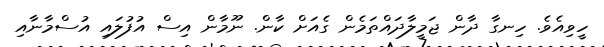
ހީވިއެވެ. ހިނގާ ދާން ޖަމީލާދައްތަމެން ގެއަށް ކާން. ނޫމާން އިސް އުފުލައި އުސްމާނާއި